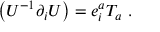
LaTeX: \left( U ^ { - 1 } \partial _ { i } U \right) = e _ { i } ^ { a } T _ { a } \ .